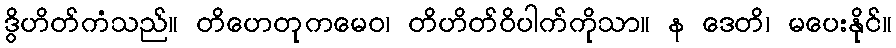
ဒွိဟိတ်ကံသည်။ တိဟေတုကမေဝ၊ တိဟိတ်ဝိပါက်ကိုသာ။ န ဒေတိ၊ မပေးနိုင်။